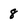
Character: 8